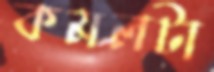
কমলটা